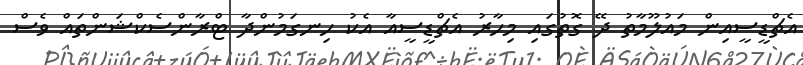
އެޗްޑީސީއިން މައުލޫމާތު ދޭ ގޮތުގައި މިހާރު އެޗްޑީސީއާ އެކު ހިނގަމުންދާ ޓްރާންސެކްޝަންތައް ވެސް